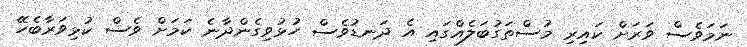
ނަމަވެސް ވަރަށް ކައިރި މުސްތަގުބަލެއްގައި އެ ދަނޑުވެސް ހުޅުވިގެންދާނެ ކަމަށް ވެސް ކުޅިވަރާބެހޭ